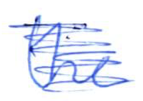
Text: the
Cross-out: scratch
Writing tool: ballpoint